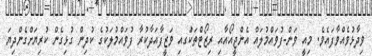
ވިދާޅުވެއްވާފައެވެ. މިއީ ވަން-ފުވައްމުލައް އެންޖީއޯއާއި ރިޒޯޓްތަކުަގއި ވަޒީފާއަދާކުރާ ފުވައްމުލަކުގެ ކުދިން ގުޅިގެން ކުރިޔަށްގެންދިޔަ